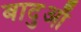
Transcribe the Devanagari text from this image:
बादुआँ